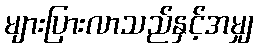
များပြားလာသည်နှင့်အမျှ